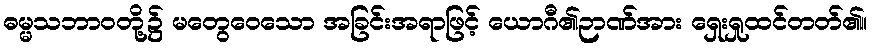
ဓမ္မသဘာဝတို့၌ မတွေဝေသော အခြင်းအရာဖြင့် ယောဂီ၏ဉာဏ်အား ရှေးရှုထင်တတ်၏။